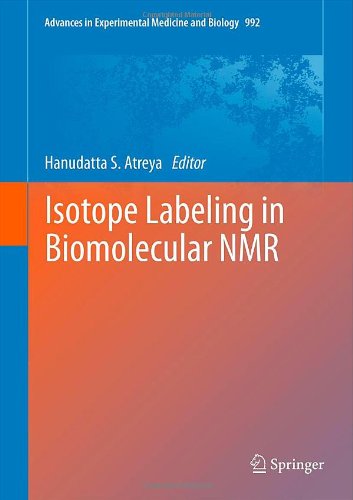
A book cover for Isotope labeling in Biomolecular NMR (Advances in Experimental Medicine and Biology); Medical Books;